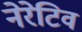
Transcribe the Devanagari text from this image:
नेरेटिव